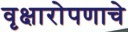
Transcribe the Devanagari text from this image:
वृक्षारोपणाचे